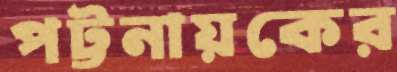
পট্টনায়কের